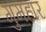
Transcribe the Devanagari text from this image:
गुमहार